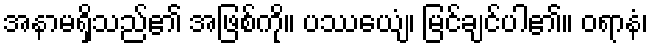
အနာမရှိသည်၏ အဖြစ်ကို။ ပဿေယျံ၊ မြင်ချင်ပါ၏။ ဝရာနံ၊